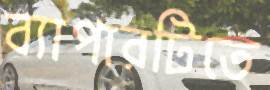
ব্যাপারটিতে